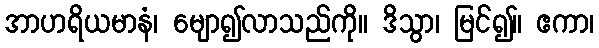
အာဟရိယမာနံ၊ မျော၍လာသည်ကို။ ဒိသွာ၊ မြင်၍။ ဧကာ၊